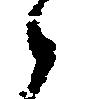
候